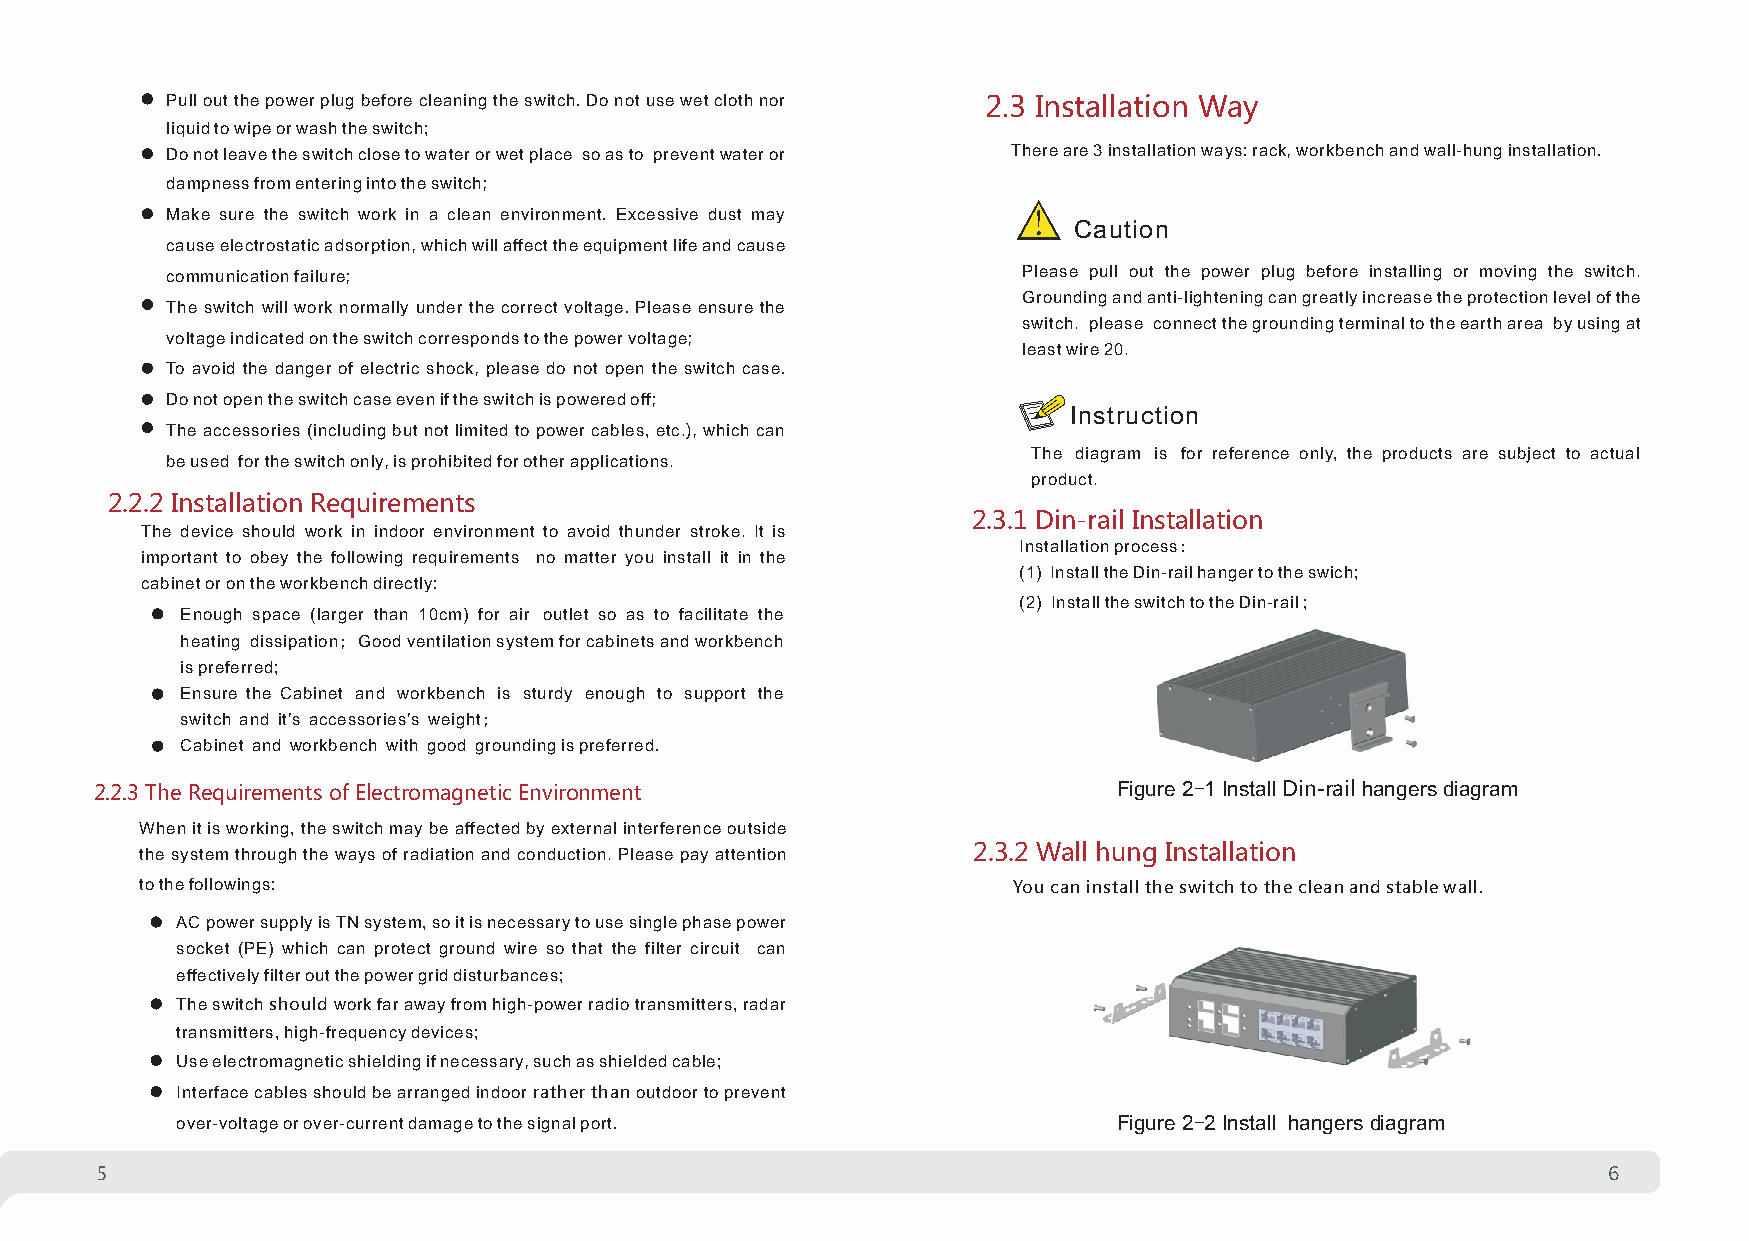
Pull out the power plug before cleaning the switch. Do not use wet cloth nor 2.3 Installation Way
 liquid to wipe or wash the switch;
 Do not leave the switch close to water or wet place so as to prevent water or There are 3 installation ways: rack, workbench and wall-hung installation.
 dampness from entering into the switch;
 Make sure the switch work in a clean environment. Excessive dust may
 Caution
 cause electrostatic adsorption, which will affect the equipment life and cause
 communication failure;                                   Please pull out the power plug before installing or moving the switch.
 Grounding and anti-lightening can greatly increase the protection level of the
 The switch will work normally under the correct voltage. Please ensure the
 switch. please connect the grounding terminal to the earth area by using at
 voltage indicated on the switch corresponds to the power voltage;
 least wire 20.
 To avoid the danger of electric shock, please do not open the switch case.
 Do not open the switch case even if the switch is powered off;
 Ins truction
 The accessories (including but not limited to power cables, etc.), which can
 The diagram is for reference only, the products are subject to actual
 be used for the switch only, is prohibited for other applications.
 pro duct.
 2.2.2 Installation Requirements
 2.3.1 Din-rail Installation
 The device should work in indoor environment to avoid thunder stroke. It is
 Installation process:
 importa nt to obey the following requirements no matter you install it in the
 (1) Install the Din-rail hanger to the swich;
 cabinet or on the workbench directly:
 (2) Install the switch to the Din-rail ;
 Enough space (larger than 10cm) for air outlet so as to facilitate the
 heating dissipation; Good ventilation system for cabinets and workbench
 is preferred;
 Ensure the Cabinet and workbench is sturdy enough to support the
 switch and it’s accessories’s weight;
 Cabinet and workbench with good grounding is preferred.
 2.2.3 The Requirements of Electromagnetic Environment               Figure 2-1 Install Din-rail hangers diagram
 When it is working, the switch may be affected by external interference outside
 the system through the ways of radiation and conduction. Please pay attention 2.3.2 Wall hung Installation
 to the followings:                                        You can install the switch to the clean and stable wall.
 AC power supply is TN system, so it is necessary to use single phase power
 socket (PE) which can protect ground wire so that the filter circuit can
 effectively filter out the power grid disturbances;
 The switch should work far away from high-power radio transmitters, radar
 transmitters, high-frequency devices;
 Use electromagnetic shielding if necessary, such as shielded cable;
 Interface cables should be arranged indoor rather than outdoor to prevent
 over-voltage or over-current damage to the signal port.       Figure 2-2 Install hangers diagram
 5                                                                                                   6